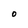
Character: O